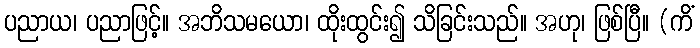
ပညာယ၊ ပညာဖြင့်။ အဘိသမယော၊ ထိုးထွင်း၍ သိခြင်းသည်။ အဟု၊ ဖြစ်ပြီ။ (ကိံ